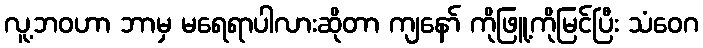
လူ့ဘဝဟာ ဘာမှ မရေရာပါလားဆိုတာ ကျနော် ကိုဖြူ့ကိုမြင်ပြီး သံဝေဂ